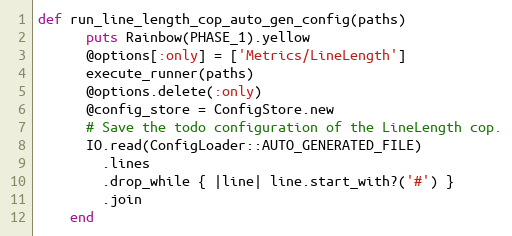
Language: Ruby
def run_line_length_cop_auto_gen_config(paths)
      puts Rainbow(PHASE_1).yellow
      @options[:only] = ['Metrics/LineLength']
      execute_runner(paths)
      @options.delete(:only)
      @config_store = ConfigStore.new
      # Save the todo configuration of the LineLength cop.
      IO.read(ConfigLoader::AUTO_GENERATED_FILE)
        .lines
        .drop_while { |line| line.start_with?('#') }
        .join
    end